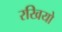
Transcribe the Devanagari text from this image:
रखियो